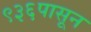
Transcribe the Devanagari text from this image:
९३६पासून